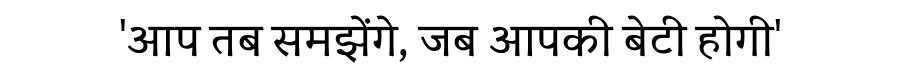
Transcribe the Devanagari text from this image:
'आप तब समझेंगे, जब आपकी बेटी होगी'